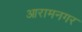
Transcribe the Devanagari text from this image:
आरामनगर